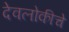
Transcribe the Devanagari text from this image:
देवलोकीचे